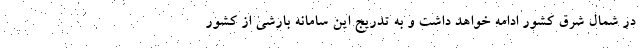
در شمال شرق کشور ادامه خواهد داشت و به تدریج این سامانه بارشی از کشور